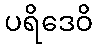
ပရိဒေဝိ